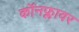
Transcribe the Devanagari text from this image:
कॉनफ्लावर